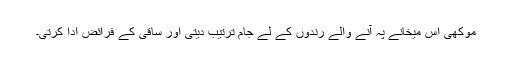
موکھی اس میخانے پہ آنے والے رندوں کے لے جام ترتیب دیتی اور ساقی کے فرائض ادا کرتی۔